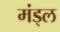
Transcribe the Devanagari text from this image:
मंड्ल